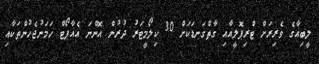
ލީބިއާގެ ވެރިރަށް ޓްރިޕޮލީއާއި ގާތްގަނޑަކަށް 30 ކިލޯމީޓަރު ދުރުން އޮންނަ އެއާޕޯޓް ހަމަނުޖެހުންތަކާއި